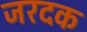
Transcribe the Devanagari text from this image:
जरदक